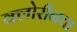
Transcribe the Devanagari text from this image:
क्लोरीनचा